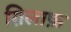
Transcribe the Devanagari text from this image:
ग़िलाफ़